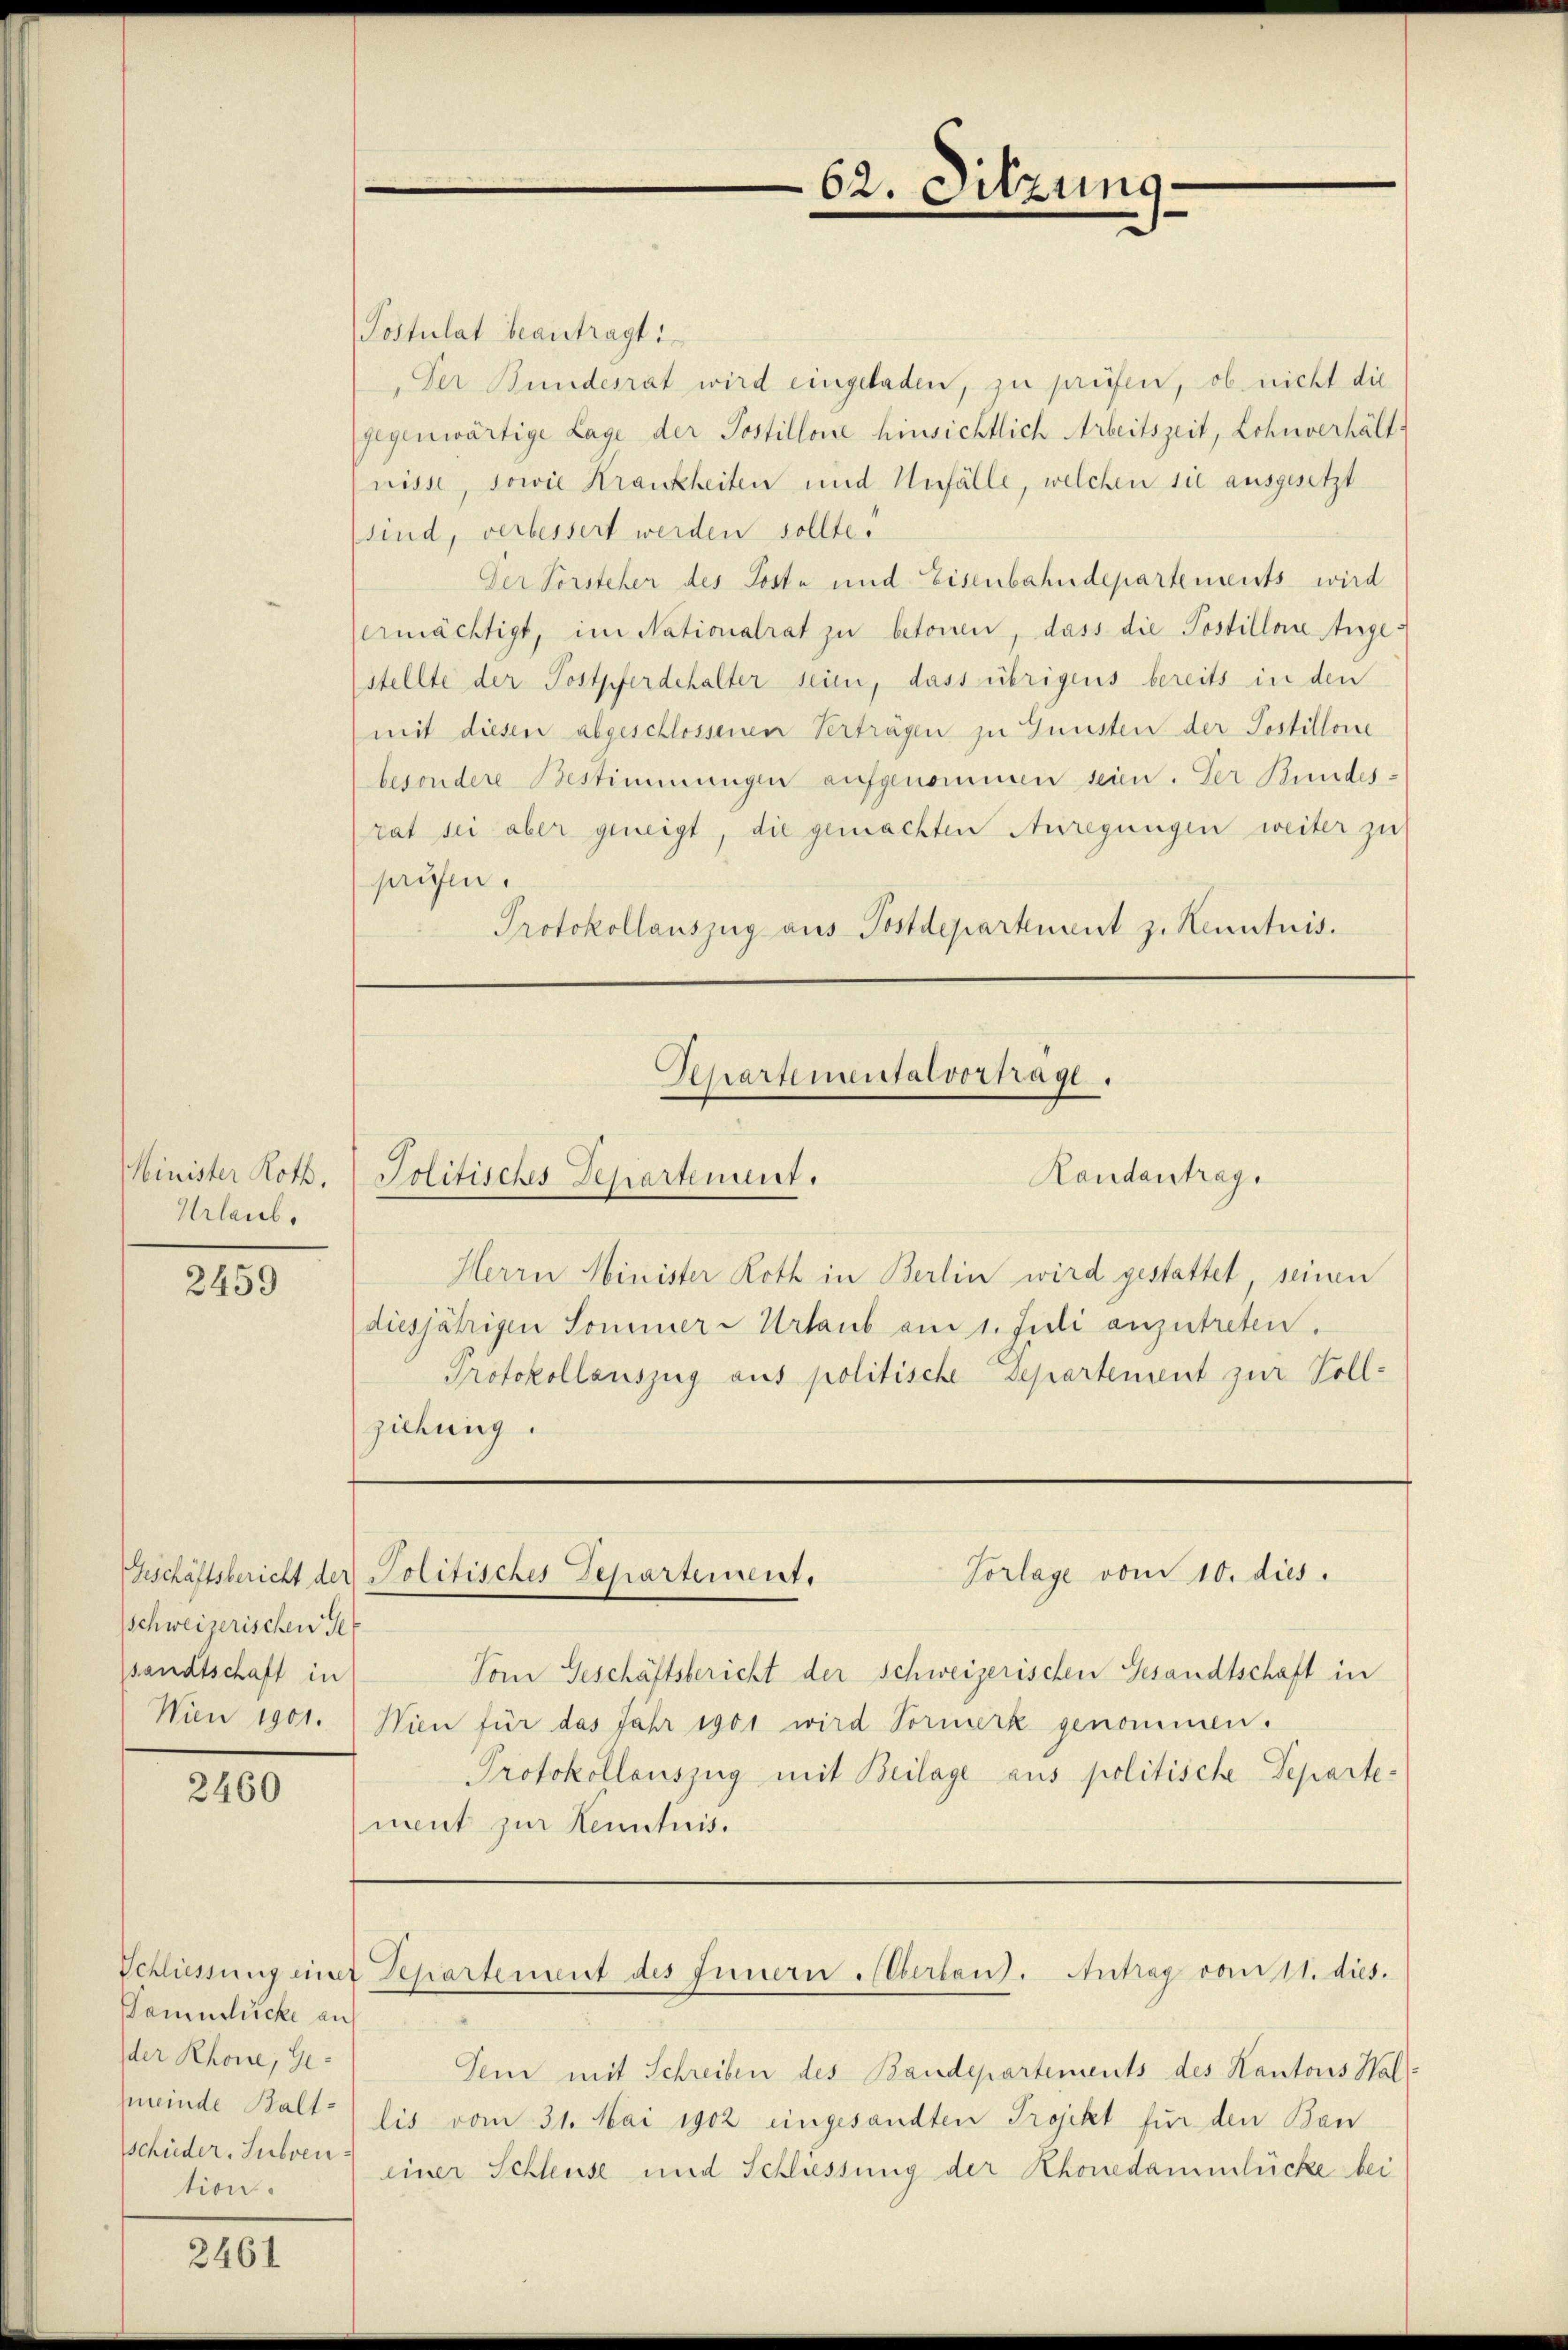
Minister Roth,
Urlaub.

2459

schweizerischen Ge
sandtschaft in

2460

Sammlücke auf
der Rhone, Gemeinde Baltschieder, Subven
tion

2461

Postulat beantragt i
Der Bundesrat wird eingeladen, zu prüfen, ob nicht die
gegenwärtige Lage der Postillone hinsichtlich Arbeitszeit, Lohnverhält
nisse, sowie Krankheiten und Unfälle, welchen sie ausgesetzt
sind, verbessert werden sollte.
Der Vorsteher des Poste und Eisenbahndepartements wird
ermächtigt, im Nationalrat zu betonen, dass die Postillen Angestellte der Postpferdehalter sein, dass übrigens bereits in den
mit diesen abgeschlossenen Verträgen zu Gunsten der Postillone
besondere Bestimmungen aufgenommen seien. Der Kundesrat sei aber geneigt, die gemachten Anregungen weiter zu
saufen.
Protokollauszug aus Postdepartement z. Kenntnis.

Herrn Minister Roth in Berlin wird gestattet seinen
diesjährigen Sommer-Urlaub am 1. Juli anzutreten.
Protokollauszug aus politische Departement zur Voll-
ziehung.

62. Sitzung

Chartemental vorhage
Randantrag
Politisches Departement.

Vorlage vom 10. dies
Beschäftsbericht der Politisches Departement.

Vom Geschäftsbericht der schweizerischen Gesandtschaft in
Wien 1901. Wien für das Jahr 1901 wird Vormerk genommen.
Protokollauszug mit Beilage aus politische Departe:
ment zur Kenntnis.
Schliessung einer Departement des Innern Oberlang. Antrag vom 11. dies.
Sein mit Schreiben des Baudepartements des Kantons Hallis vom 31. Mai 1902 eingesandten Projekt für den Ban
einer Schleuse und Schliessung der Rhonedammtücke bei